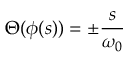
\Theta ( \phi ( s ) ) = \pm \frac { s } { \omega _ { 0 } }